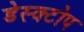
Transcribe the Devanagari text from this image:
डेस्क्टोप